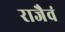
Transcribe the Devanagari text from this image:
राजैवं